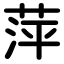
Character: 萍